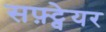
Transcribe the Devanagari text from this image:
सफ़्ट्वेयर